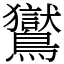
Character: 鸑